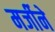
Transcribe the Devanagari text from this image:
मर्जीने